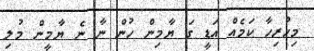
މިހުރިހާ ކަމެއް އަޑީ ގަ ޔާމިން ހުން ނާ ނެ ޔާމީން މުލި